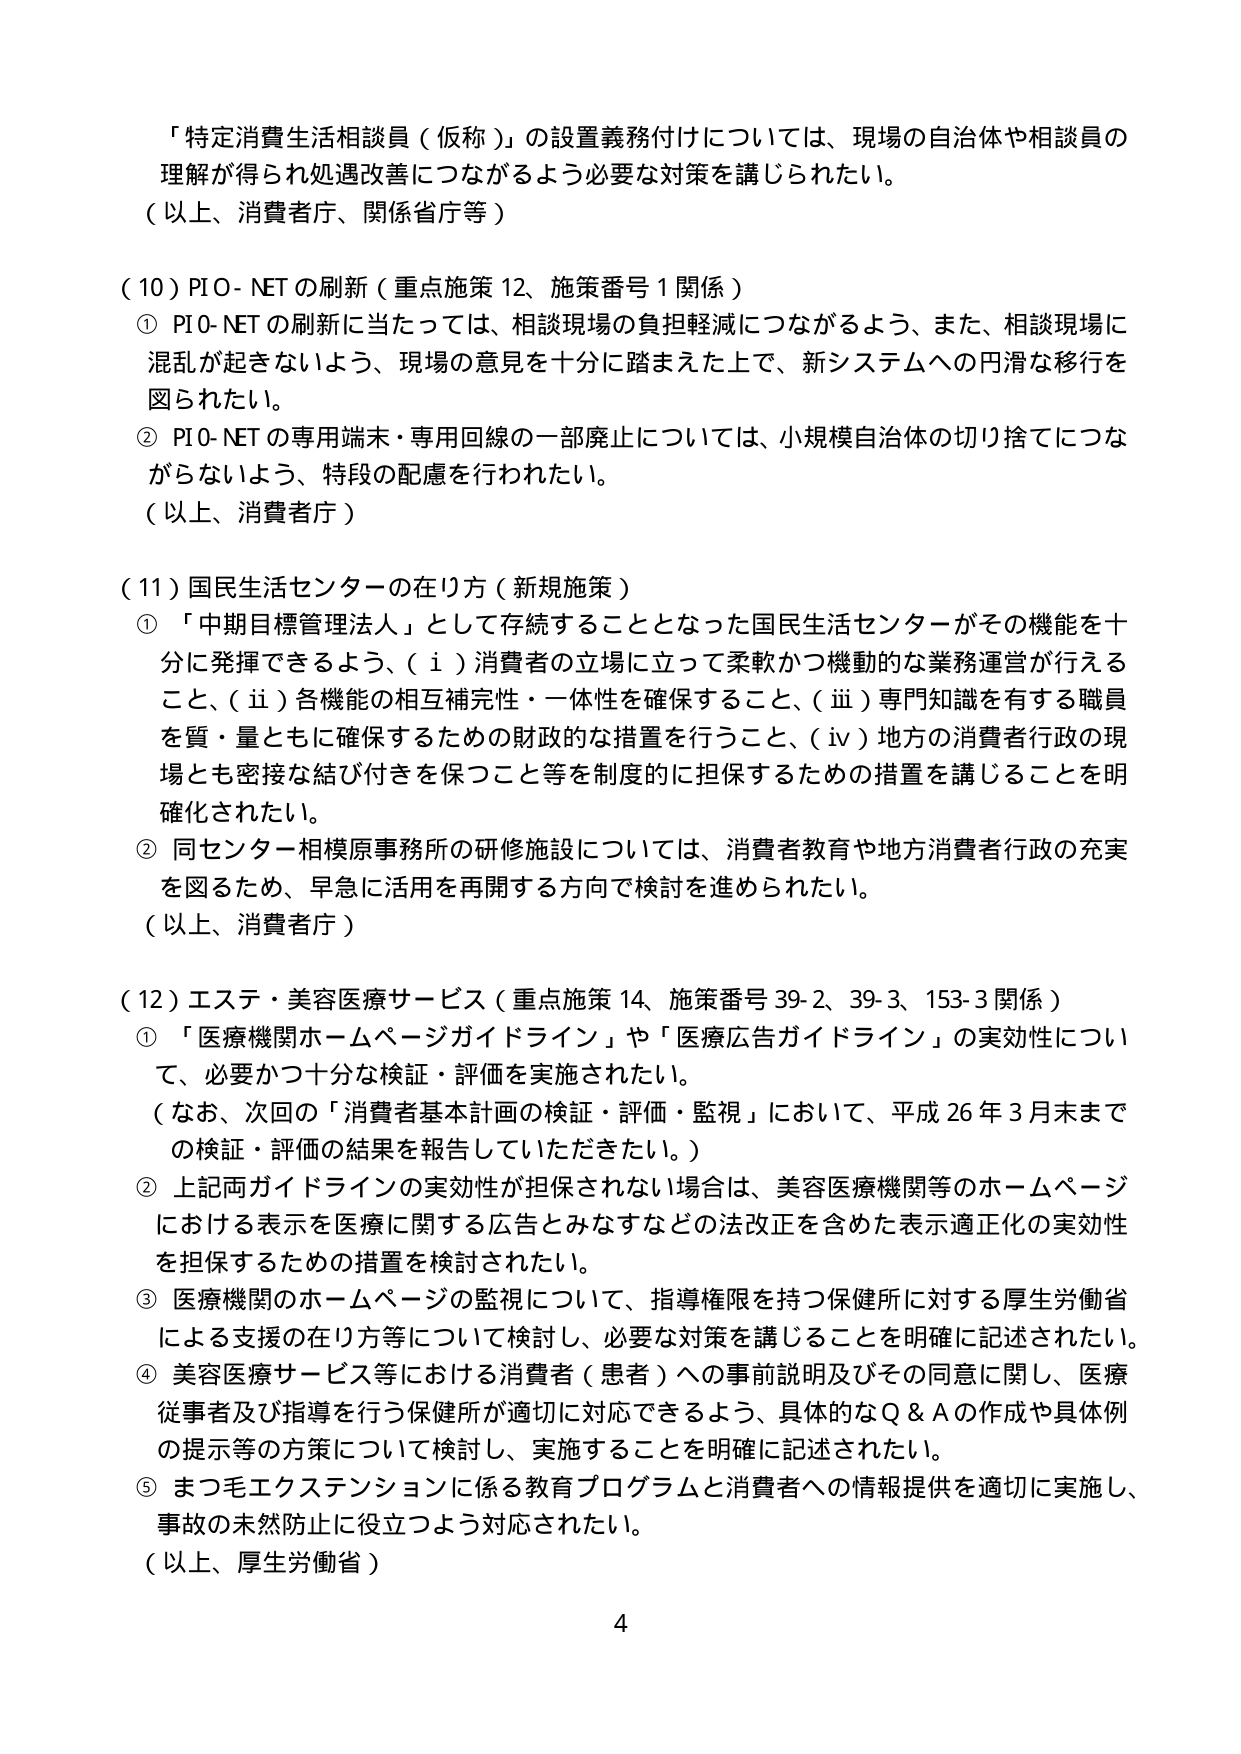
「特定消費生活相談員（仮称）」の設置義務付けについては、現場の自治体や相談員の理解が得られ処遇改善につながるよう必要な対策を講じられたい。
（以上、消費者庁、関係省庁等）

（10）PIO-NETの刷新（重点施策12、施策番号1関係）
① PIO-NETの刷新に当たっては、相談現場の負担軽減につながるよう、また、相談現場に混乱が起きないよう、現場の意見を十分に踏まえた上で、新システムへの円滑な移行を図られたい。
② PIO-NETの専用端末・専用回線の一部廃止については、小規模自治体の切り捨てにつながらないよう、特段の配慮を行われたい。
（以上、消費者庁）

（11）国民生活センターの在り方（新規施策）
① 「中期目標管理法人」として存続することとなった国民生活センターがその機能を十分に発揮できるよう、（ⅰ）消費者の立場に立って柔軟かつ機動的な業務運営が行えること、（ⅱ）各機能の相互補完性・一体性を確保すること、（ⅲ）専門知識を有する職員を質・量ともに確保するための財政的な措置を行うこと、（ⅳ）地方の消費者行政の現場とも密接な結び付きを保つこと等を制度的に担保するための措置を講じることを明確化されたい。
② 同センター相模原事務所の研修施設については、消費者教育や地方消費者行政の充実を図るため、早急に活用を再開する方向で検討を進められたい。
（以上、消費者庁）

（12）エステ・美容医療サービス（重点施策14、施策番号39-2、39-3、153-3関係）
① 「医療機関ホームページガイドライン」や「医療広告ガイドライン」の実効性について、必要かつ十分な検証・評価を実施されたい。
（なお、次回の「消費者基本計画の検証・評価・監視」において、平成26年3月末までの検証・評価の結果を報告していただきたい。）
② 上記両ガイドラインの実効性が担保されない場合は、美容医療機関等のホームページにおける表示を医療に関する広告とみなすなどの法改正を含めた表示適正化の実効性を担保するための措置を検討されたい。
③ 医療機関のホームページの監視について、指導権限を持つ保健所に対する厚生労働省による支援の在り方等について検討し、必要な対策を講じることを明確に記述されたい。
④ 美容医療サービス等における消費者（患者）への事前説明及びその同意に関し、医療従事者及び指導を行う保健所が適切に対応できるよう、具体的なQ＆Aの作成や具体例の提示等の方策について検討し、実施することを明確に記述されたい。
⑤ まつ毛エクステンションに係る教育プログラムと消費者への情報提供を適切に実施し、事故の未然防止に役立つよう対応されたい。
（以上、厚生労働省）

4